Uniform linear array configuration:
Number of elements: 8
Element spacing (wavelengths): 1
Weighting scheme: exponential
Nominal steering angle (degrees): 30
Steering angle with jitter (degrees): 30.68
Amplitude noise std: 0.05
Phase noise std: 0.05

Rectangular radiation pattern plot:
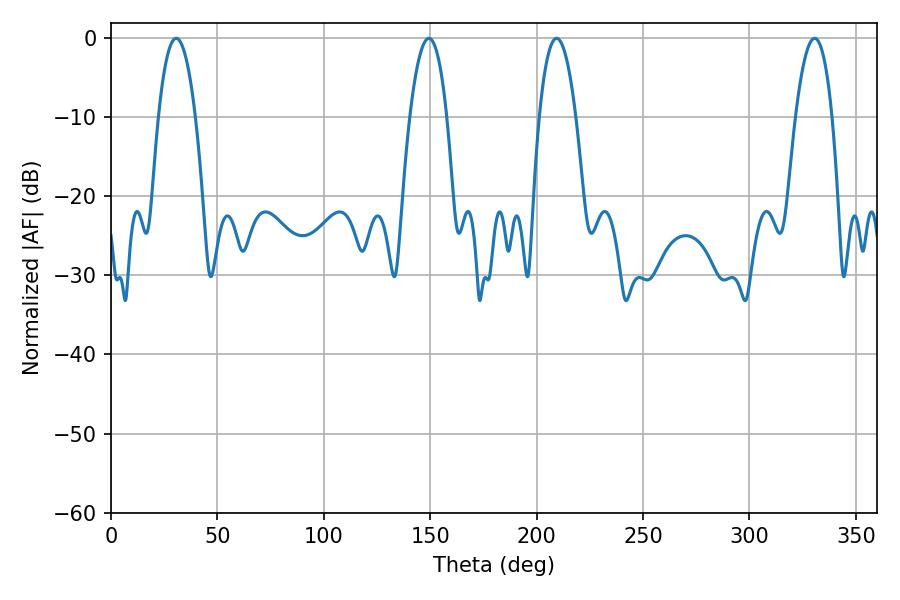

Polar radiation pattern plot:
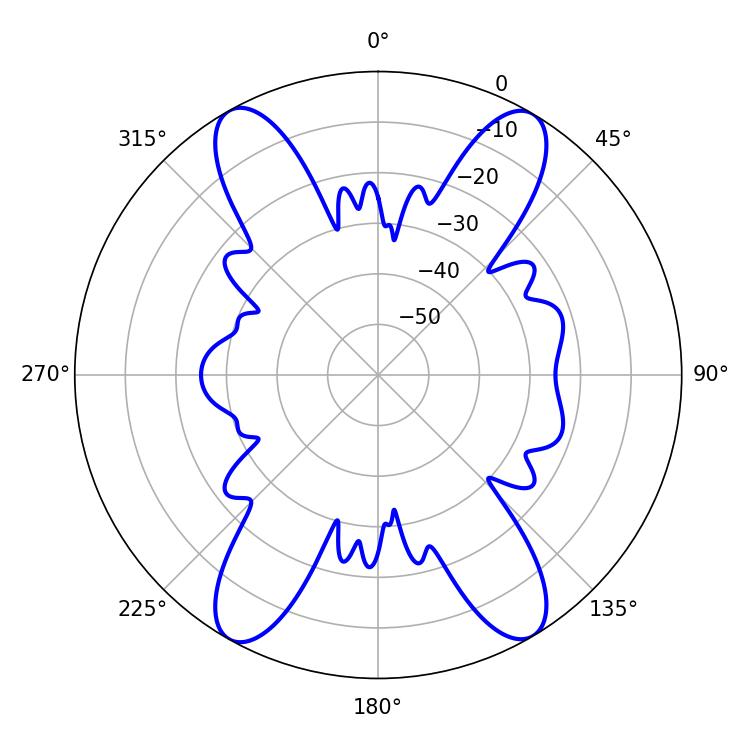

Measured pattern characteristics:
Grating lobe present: TRUE
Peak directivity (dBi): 22.681
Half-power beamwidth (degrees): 9.72
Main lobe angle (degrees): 30.6